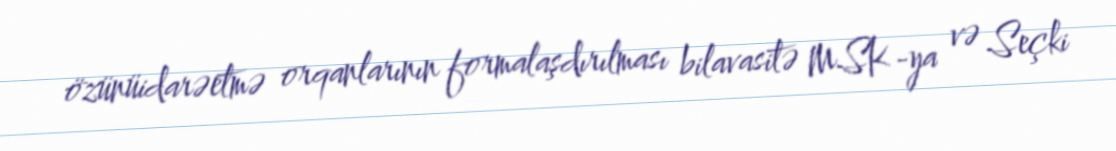
özünüidarəetmə orqanlarının formalaşdırılması bilavasitə MSK-ya və Seçki